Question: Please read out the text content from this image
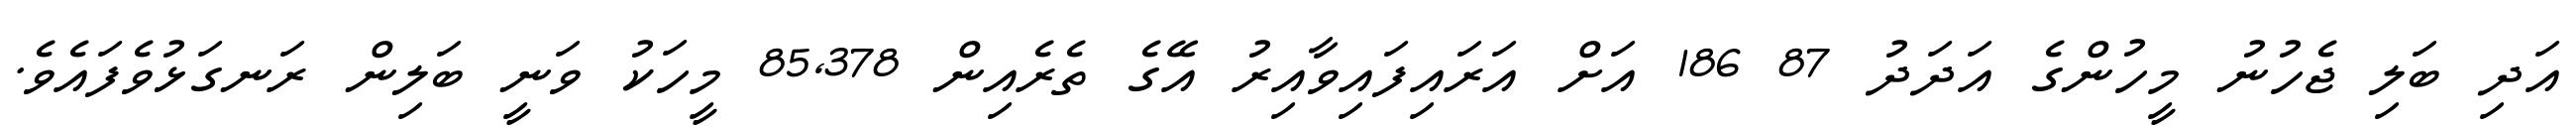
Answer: އަދި ބަލި ޖެހުނު މީހުންގެ އަދަދު 87 186 އަށް އަރައިފައިވާއިރު އޭގެ ތެރެއިން 85,378 މީހަކު ވަނީ ބަލިން ރަނގަޅުވެފައެވެ.